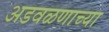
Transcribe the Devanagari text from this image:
अडवळणाच्या